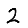
Digit: 2